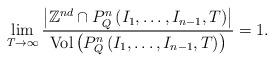
LaTeX: \begin{align*}\lim_{T\rightarrow\infty}\frac{\left|\mathbb{Z}^{nd}\cap P_{Q}^{n}\left(I_{1},\dots,I_{n-1},T\right)\right|}{\mathrm{Vol}\left(P_{Q}^{n}\left(I_{1},\dots,I_{n-1},T\right)\right)}=1.\end{align*}